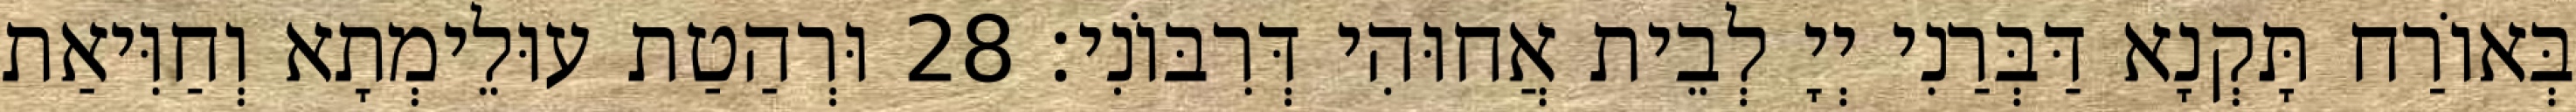
בְּאוֹרַח תָּקְנָא דַּבְּרַנִי יְיָ לְבֵית אֲחוּהִי דְּרִבּוֹנִי׃ 28 וּרְהַטַת עוּלֵימְתָא וְחַוִּיאַת